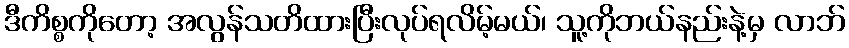
ဒီကိစ္စကိုတော့ အလွန်သတိထားပြီးလုပ်ရလိမ့်မယ်၊ သူ့ကိုဘယ်နည်းနဲ့မှ လာဘ်